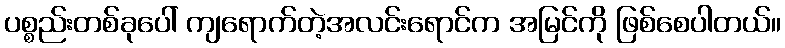
ပစ္စည်းတစ်ခုပေါ် ကျရောက်တဲ့အလင်းရောင်က အမြင်ကို ဖြစ်စေပါတယ်။